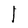
Character: l